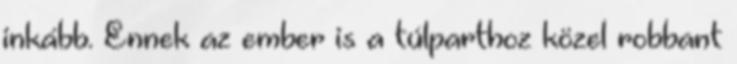
inkább. Ennek az ember is a túlparthoz közel robbant